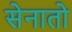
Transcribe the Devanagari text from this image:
सेनातो